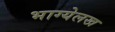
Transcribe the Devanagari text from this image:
भाग्येलख